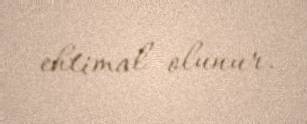
ehtimal olunur.